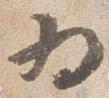
為